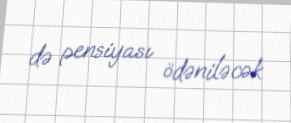
də pensiyası ödəniləcək.